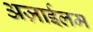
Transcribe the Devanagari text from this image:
अज़ाईलम